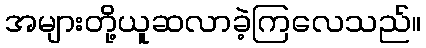
အများတို့ယူဆလာခဲ့ကြလေသည်။